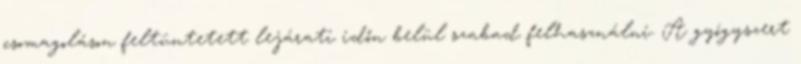
csomagoláson feltüntetett lejárati időn belül szabad felhasználni. A gyógyszert